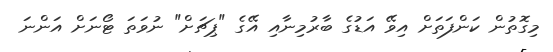
މިގޮތުން ކަންފަތަށް އިވޭ އަޑުގެ ބާރުމިނާއި އޭގެ "ޕިޗަށް" ނުވަތަ ޓޯނަށް އަންނަ